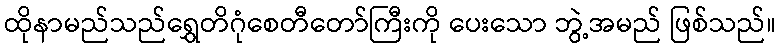
ထိုနာမည်သည်ရွှေတိဂုံစေတီတော်ကြီးကို ပေးသော ဘွဲ့အမည် ဖြစ်သည်။